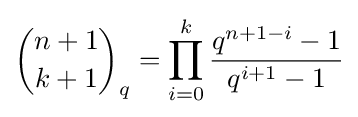
{{n+1} \choose {k+1}}_{q}=\prod _{i=0}^{k}{\frac {q^{n+1-i}-1}{q^{i+1}-1}}